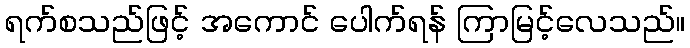
ရက်စသည်ဖြင့် အကောင် ပေါက်ရန် ကြာမြင့်လေသည်။